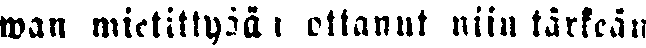
wan mietittyään ottanut niin tärkeän